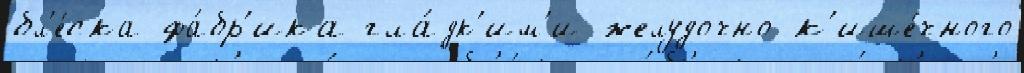
бл'е́ска фа́бр'ика гла́дк'им'и желудочно-к'ише́чного